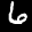
Label: 6